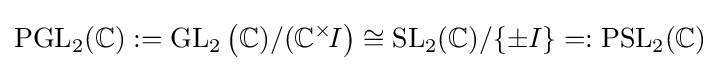
\operatorname {PGL} _{2}(\mathbb {C} ):=\operatorname {GL} _{2}\left(\mathbb {C} )/(\mathbb {C} ^{\times }\!I\right)\cong \operatorname {SL} _{2}(\mathbb {C} )/\{\pm I\}=:\operatorname {PSL} _{2}(\mathbb {C} )